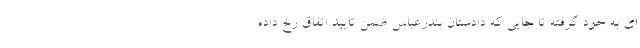
ای به خود گرفته تا جایی که دادستان بندرعباس ضمن تایید اتفاق رخ داده